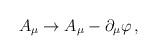
LaTeX: \begin{align*}A_{\mu} \to A_{\mu}-\partial_{\mu}\varphi \, ,\end{align*}